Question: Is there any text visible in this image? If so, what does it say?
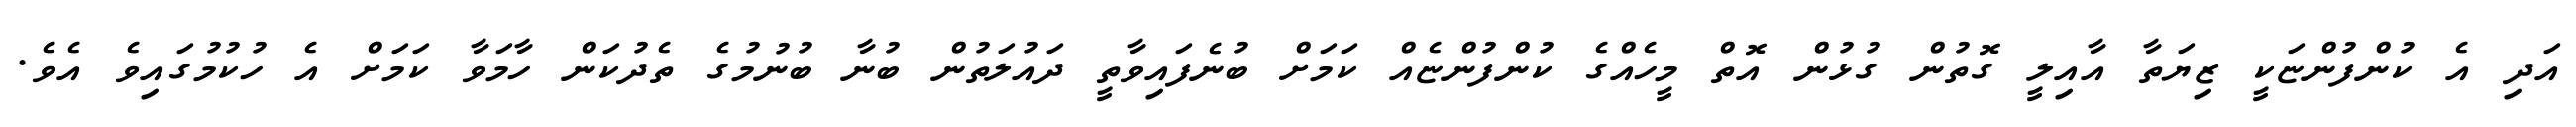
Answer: އަދި އެ ކުންފުންޏަކީ ޒިޔަތާ އާއިލީ ގޮތުން ގުޅުން އޮތް މީހެއްގެ ކުންފުންޏެއް ކަމަށް ބުނެފައިވާތީ ދައުލަތުން ބުނާ ބުނުމުގެ ތެދުކަން ހާމަވާ ކަމަށް އެ ހުކުމުގައިވެ އެވެ.